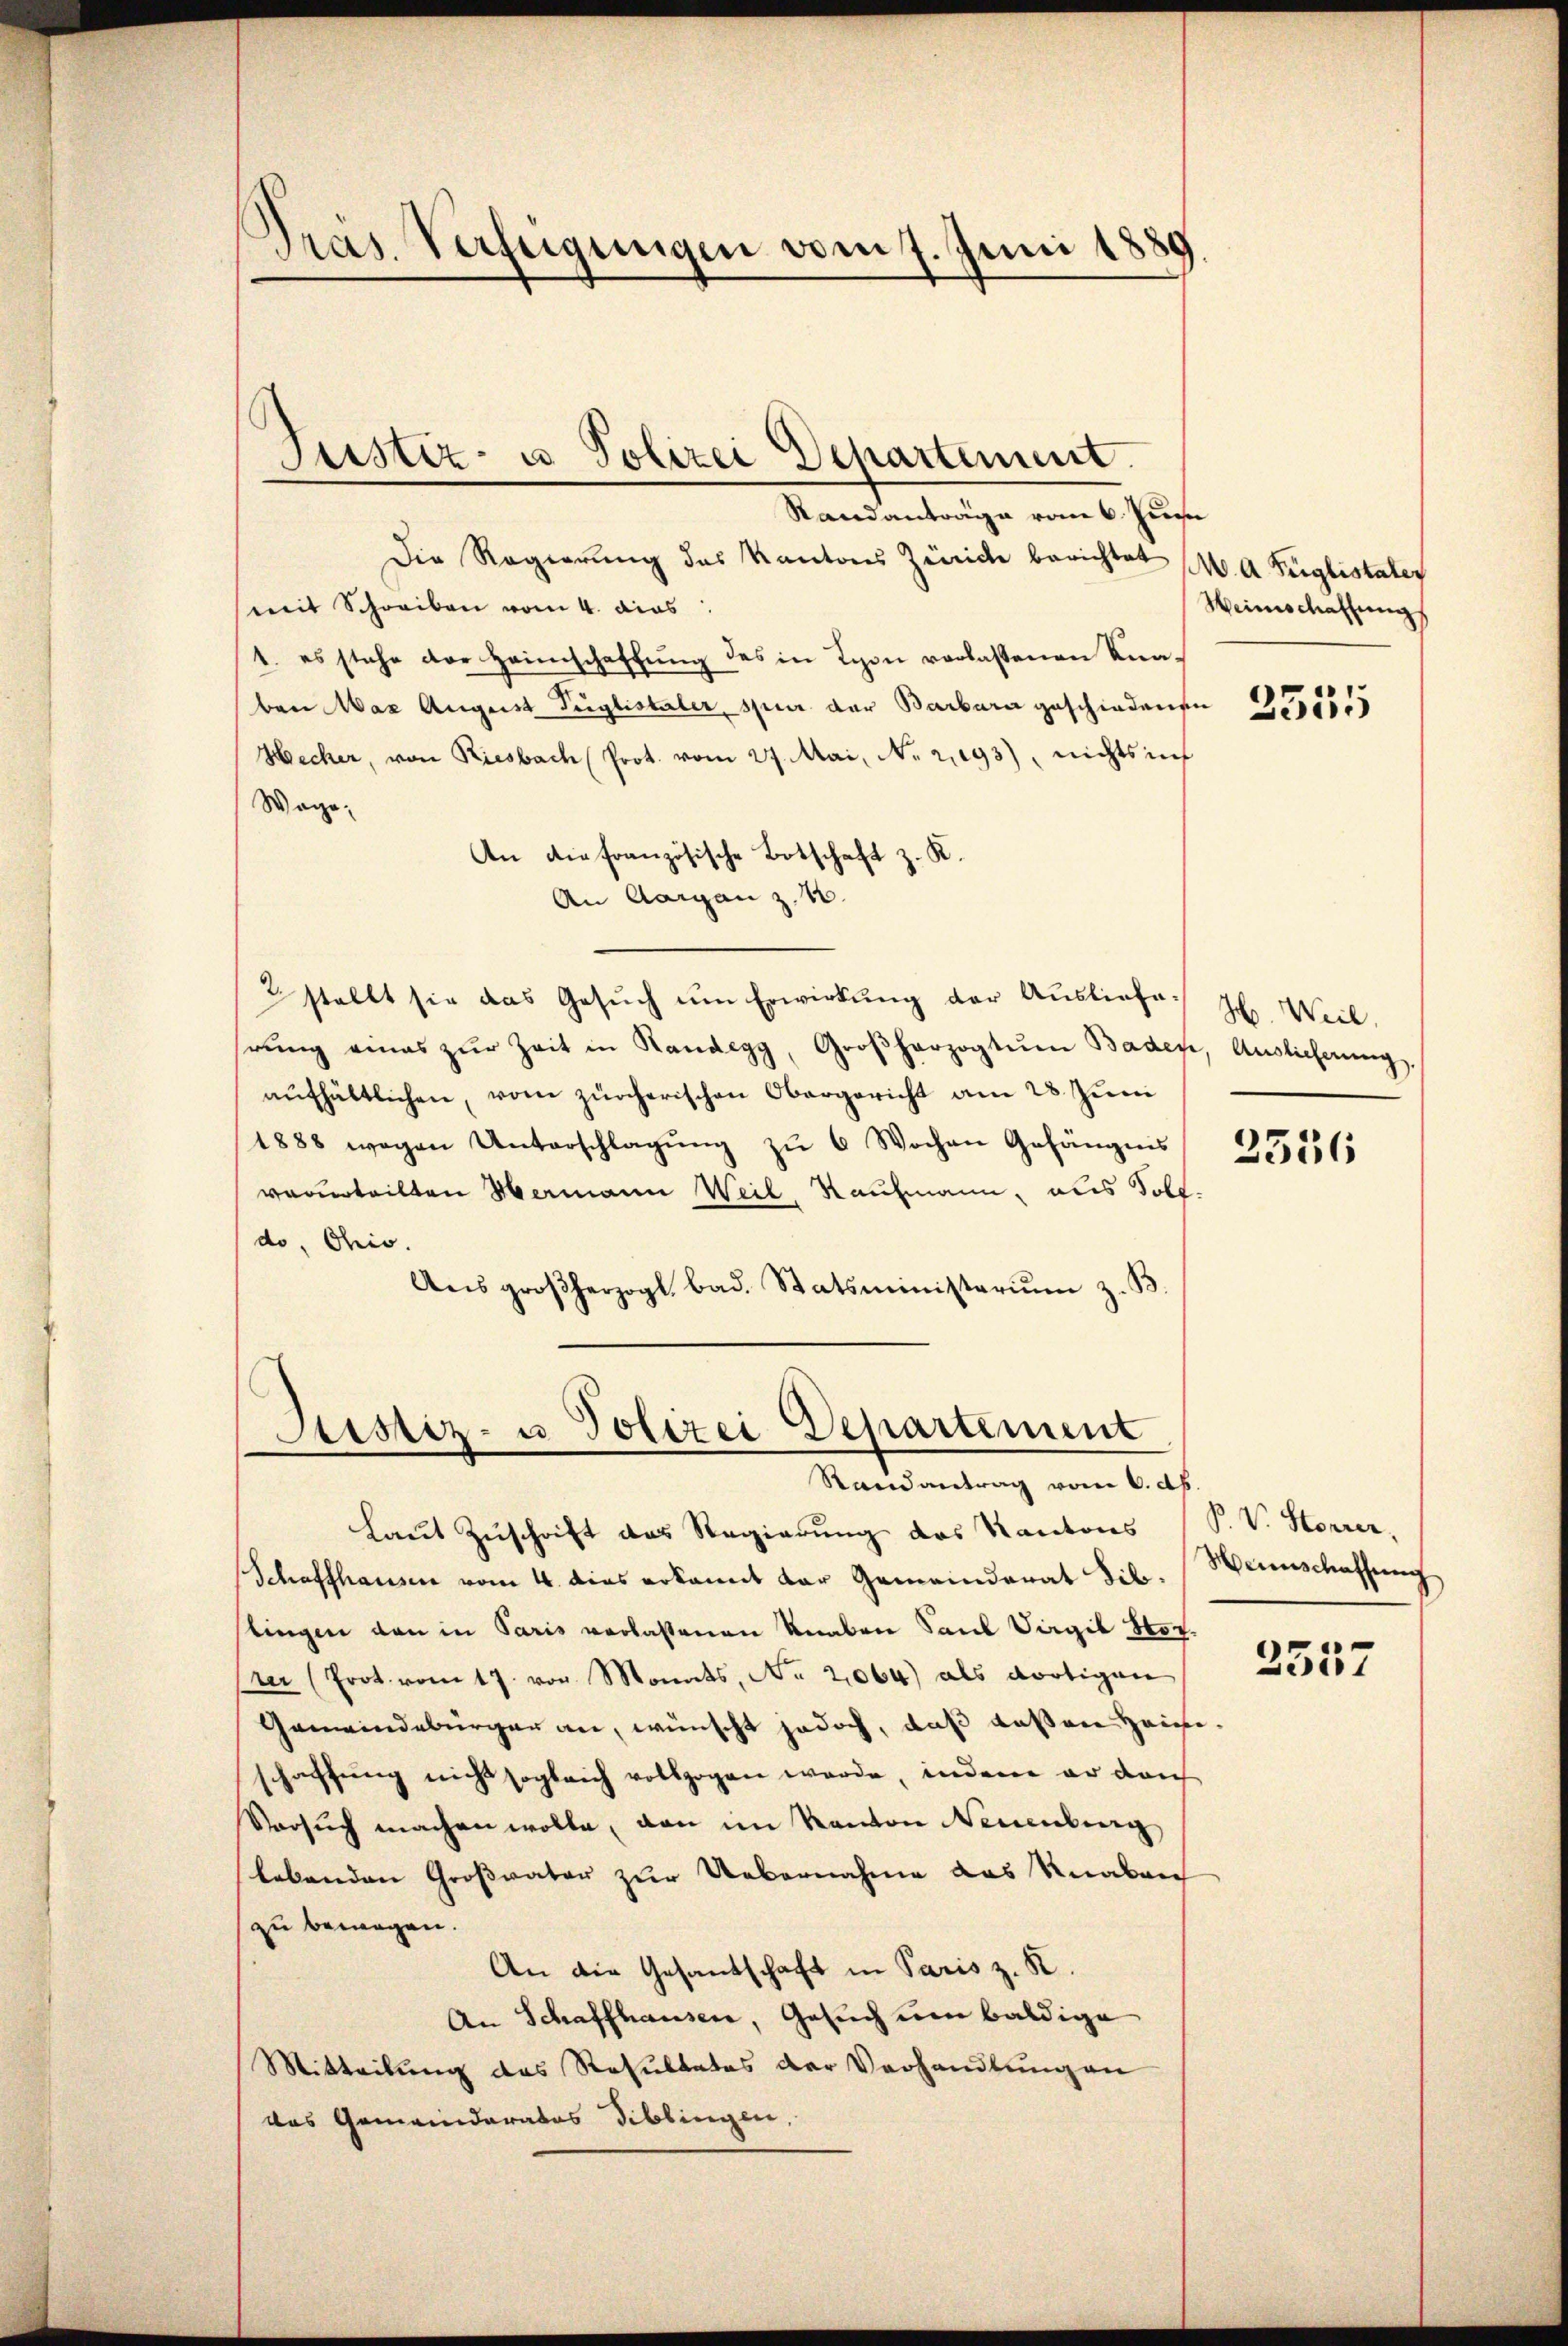
Pras. Verfeigungen vom 7. Juni 1889

Justiz- u Polizei Departement.

Randanträge vom 6. Juni
Die Regierung des Kantons Zürich berichtet
mit Schreiben vom 4. das
1. es stehe der Heimschaffŭng des in Lyon verlassenen Kna-
ben Max August Teiglistaler, spur der Barbara geschiedenen
Hecker, von Riesbach Prot. vom 27. Mai, N. 2,193), nichts in
Wage;
An die französische Botschaft z. K.
An Aargau z. B.
2 stellt sie das Gesŭch ŭm Erwirkŭng der Ausliefe.
rŭng eines zŭr Zeit in Randegg, Großherzogtum Baden, Auslieferŭng
aŭfhältlichen, vom zürcherischen Obergericht am 28. Juni
1888 wegen Unterschlagŭng zŭ 6 Wochen Gefängnis
verurteilten Hermann Weil, Kaufmann, aus Soll
do, Ohio.
Ans großherzogl. bad. Statsministeriŭm z. B.

Justiz- u Polizei Departement
Randantrag vom 6. dh

laut Zuschrift das Regierung des Kantons (S. V. Storrer,
Schaffhausen vom 4. dies erkannt der Gemeinderat Sib. Weinschaffŭng
stingen den in Paris verlassenen Knaben Saul Virgik Horr (Prot vom 17. vor Monats, No 2064) als dortigen
Gemeindebürger an, wünscht jedoch, daß deßen Heinschaffung nicht sogleich vollzogen werde, indem er dan
Versŭch machen wolle, von im Kanton Neuenburg
lebenden Großvater zur Uebernahme das Knaben
zu bewegen.
An die Gesantschaft in Paris z. R.
An Schaffhausen, Gesuch um baldige
Mitteilung des Resultates der Verhandlung an
das Gemeinderates Biblingen,

M. A. Füglistater
Heimschaffung

¬

2555

H. Weil.

2536

2557